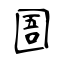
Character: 圄